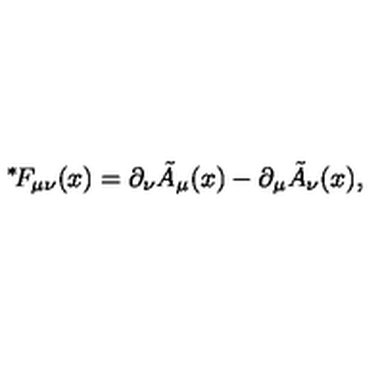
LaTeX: { } ^ { * } \! F _ { \mu \nu } ( x ) = \partial _ { \nu } \tilde { A } _ { \mu } ( x ) - \partial _ { \mu } \tilde { A } _ { \nu } ( x ) ,